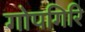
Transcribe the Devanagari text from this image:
गोपगिरि